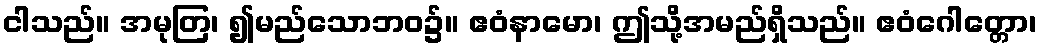
ငါသည်။ အမုတြ၊ ၍မည်သောဘဝ၌။ ဧဝံနာမော၊ ဤသို့အမည်ရှိသည်။ ဧဝံဂေါတ္တော၊